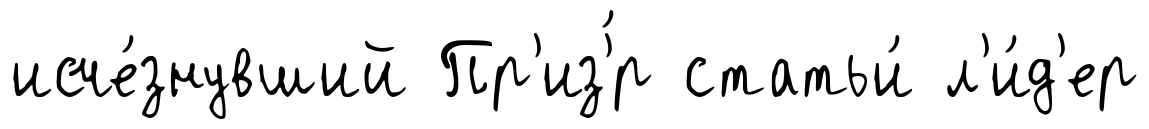
исче́знувший Пр'из'́р статьи́ л'и́д'ер